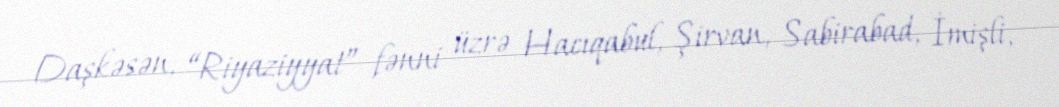
Daşkəsən, “Riyaziyyat” fənni üzrə Hacıqabul, Şirvan, Sabirabad, İmişli,